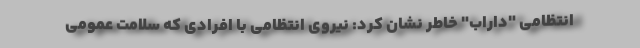
انتظامی "داراب" خاطر نشان کرد: نیروی انتظامی با افرادی که سلامت عمومی